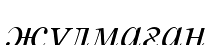
жұлмаған